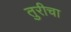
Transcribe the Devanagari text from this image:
तुरीचा